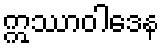
ဣဿာဝါဒေန